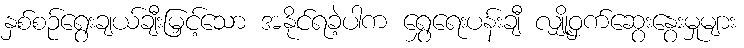
နှစ်စဉ်ရွေးချယ်ချီးမြှင့်သော အနိုင်ရခဲ့ပါက ရွှေရေးပန်းချီ လျှို့ဝှက်ဆွေးနွေးမှုများ